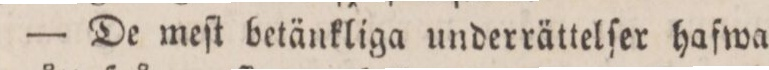
— De meſt betänkliga underrättelſer hafwa